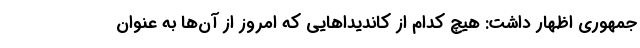
جمهوری اظهار داشت: هیچ کدام از کاندیدا‌هایی که امروز از آن‌ها به عنوان